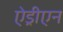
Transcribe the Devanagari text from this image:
ऐड्रीएन